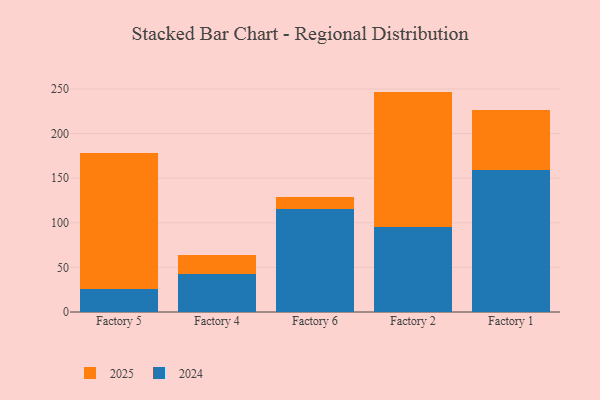
{"axis": {"x": "Factory", "y": "Conversion Rate (%)"}, "legend": ["2024", "2025"], "data": [{"x": "Factory 5", "y": 25.8, "type": "2024"}, {"x": "Factory 5", "y": 152.4, "type": "2025"}, {"x": "Factory 4", "y": 42.8, "type": "2024"}, {"x": "Factory 4", "y": 21.2, "type": "2025"}, {"x": "Factory 6", "y": 115.8, "type": "2024"}, {"x": "Factory 6", "y": 13.4, "type": "2025"}, {"x": "Factory 2", "y": 95.6, "type": "2024"}, {"x": "Factory 2", "y": 151.4, "type": "2025"}, {"x": "Factory 1", "y": 159.3, "type": "2024"}, {"x": "Factory 1", "y": 66.8, "type": "2025"}]}